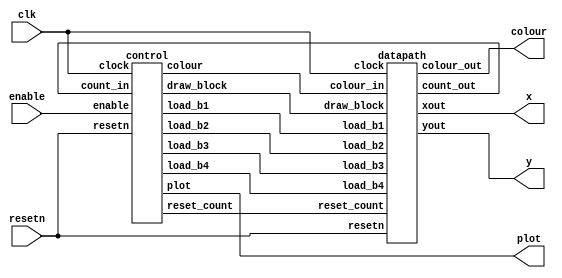
// ....
// BBB.
//  BF.
// ....
// top, bottom, right black. B: current blocks. F: fallen blocks. ( ): empty space


module control_data(
input enable, clk, resetn,
output plot,
output [1:0] x,
output [1:0] y,
output [2:0] colour);
	
	wire [4:0] counter;
	wire [2:0] blockcolour;
	wire resetcount, drawblock, load1, load2, load3, load4;
	
	control c0(
		.enable(enable),
		.clock(clk),
		.resetn(resetn),
		.count_in(counter),
		.plot(plot),
		.reset_count(resetcount),
		.draw_block(drawblock),
		.load_b1(load1),
		.load_b2(load2),
		.load_b3(load3),
		.load_b4(load4),
		.colour(blockcolour)
		);
	datapath d0(
		.clock(clk),
		.resetn(resetn),
		.reset_count(resetcount),
		.draw_block(drawblock),
		.load_b1(load1),
		.load_b2(load2),
		.load_b3(load3),
		.load_b4(load4),
		.colour_in(blockcolour),
		.xout(x),
		.yout(y),
		.colour_out(colour),
		.count_out(counter)
		);
endmodule


module control(
input enable, clock, resetn,
input [4:0] count_in,
output reg plot,
output reg reset_count, draw_block,
output reg load_b1, load_b2, load_b3, load_b4,
output reg [2:0] colour);

	reg [3:0] current_state, next_state;
	
	localparam	WAIT				= 4'd0,
					WAIT2		= 4'd1,
					ERASE				= 4'd2,
					ERASE_WAIT		= 4'd3,
					WAIT3				= 4'd4,
					DRAW				= 4'd5,
					DRAW_B1_PREP 	= 4'd6,
					DRAW_B1			= 4'd7,
					DRAW_B2			= 4'd8,
					DRAW_B3			= 4'd9,
					DRAW_B4			= 4'd10;

	always @(*) begin
		case (current_state)
			WAIT: next_state = enable ? WAIT2 : WAIT;
			WAIT2: next_state = ERASE;
			ERASE: next_state = (count_in == 5'd31) ? ERASE_WAIT : ERASE;
			ERASE_WAIT: next_state = WAIT3;
			WAIT3: next_state = DRAW;
			DRAW: next_state = (count_in == 5'd31) ? DRAW_B1_PREP : DRAW;
			DRAW_B1_PREP: next_state = DRAW_B1;
			DRAW_B1: next_state = DRAW_B2;
			DRAW_B2: next_state = DRAW_B3;
			DRAW_B3: next_state = DRAW_B4;
			DRAW_B4: next_state = WAIT;
			default: next_state = WAIT;
		endcase
	end
	
	always @(*) begin
		plot = 1'b0;
		reset_count = 1'b0;
		draw_block = 1'b0;
		load_b1 = 1'b0;
		load_b2 = 1'b0;
		load_b3 = 1'b0;
		load_b4 = 1'b0;
		colour = 3'b111;
		case (current_state)
			WAIT: begin
				reset_count = 1'b1;
				end
			ERASE: begin
				plot = 1'b1;
				colour = 3'b111;  // white background
				end
			ERASE_WAIT: begin
				reset_count = 1'b1;
				end
			DRAW: begin
				plot = 1'b1;
				colour = 3'b100; // red blocks
				end
			DRAW_B1_PREP: begin
				load_b1 = 1'b1;
				end
			DRAW_B1: begin
				plot = 1'b1;
				draw_block = 1'b1;
				load_b2 = 1'b1;
				colour = 3'b100;
				end
			DRAW_B2: begin
				plot = 1'b1;
				draw_block = 1'b1;
				load_b3 = 1'b1;
				colour = 3'b100;
				end
			DRAW_B3: begin
				plot = 1'b1;
				draw_block = 1'b1;
				load_b4 = 1'b1;
				colour = 3'b100;
				end
			DRAW_B4: begin
				plot = 1'b1;
				draw_block = 1'b1;
				colour = 3'b100;
				end
		endcase
	end
	
	always @(posedge clock) begin
		if (!resetn)
			current_state <= WAIT;
		else
			current_state <= next_state;
	end
endmodule

module datapath(
input clock, resetn,
input reset_count, draw_block,
input load_b1, load_b2, load_b3, load_b4,
input [2:0] colour_in,
output reg [1:0] xout,
output reg [1:0] yout,
output reg [2:0] colour_out,
output [4:0] count_out);

	reg [2:0] board_state[0:2];
	
	integer i;  // initialize board so bottom right is filled
	always@(posedge clock) begin
		board_state[0][0] <= 1'b0;  // board_state[0] <= 3'b100; ?
		board_state[0][1] <= 1'b0;
		board_state[0][2] <= 1'b1;		
		board_state[1] <= 3'b000;
		board_state[2] <= 3'b000;
	end
	
	wire [1:0] b1_col, b2_col, b3_col, b4_col, b1_row, b2_row, b3_row, b4_row;  //initialize T block on bottom
	assign b1_col = 2'd0;
	assign b1_row = 2'd1;
	assign b2_col = 2'd1;
	assign b2_row = 2'd0;
	assign b3_col = 2'd1;
	assign b3_row = 2'd1;
	assign b4_col = 2'd2;
	assign b4_row = 2'd1;
	
	always @(*) begin
		if (draw_block) begin
			colour_out <= colour_in;
			end
		else if (xout < 3 && yout < 3 && yout > 0) begin  // within board
			colour_out <= (board_state[2 - yout][xout]) ? colour_in : 3'b111;
			end
		else begin  // outside board
			colour_out <= 3'b000;
			end
	end
		
	always @(posedge clock) begin
		if (!resetn) begin
			xout <= 2'd0;
			yout <= 2'd0;
			end
		else begin
			if (load_b1) begin
				xout <= b1_col;
				yout <= 2'd2 - b1_row;
				end
			else if (load_b2) begin
				xout <= b2_col;
				yout <= 2'd2 - b2_row;
				end
			else if (load_b3) begin
				xout <= b3_col;
				yout <= 2'd2 - b3_row;
				end
			else if (load_b4) begin
				xout <= b4_col;
				yout <= 2'd2 - b4_row;
				end
			else begin
				xout <= count_out[1:0];
				yout <= count_out[3:2];
				end
		end
	end	
	
	counter5bit c0(
		.load(reset_count),
		.clk(clock),
		.resetn(resetn),
		.q(count_out)
		);
endmodule


module counter5bit(
input load, clk, resetn,
output reg [4:0] q);

	always @(posedge clk) begin
		if (!resetn)
			q <= 5'd0;
		else if (load)
			q <= 5'b0111_1;
		else if (q == -1)
			q <= -1;
		else
			q <= q - 1;
	end
endmodule